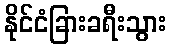
နိုင်ငံခြားခရီးသွား